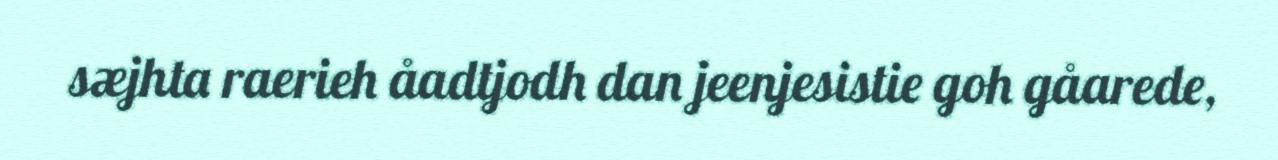
sæjhta raerieh åadtjodh dan jeenjesistie goh gåarede,